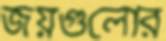
জয়গুলোর